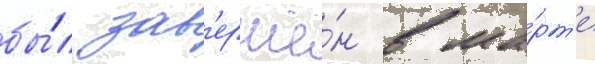
бы́л зав'ершё́н в ма́рт'е